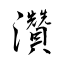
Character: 灒